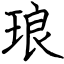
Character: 琅